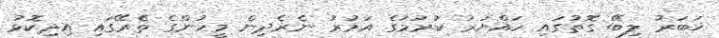
ޚަބަރު ލިބޭ ގޮތުގައި ހައްޔަރު ކުރުމުގެ އަމުރު ނެރެދިން މީހުންގެ ތެރޭގައި އިދިކޮޅު